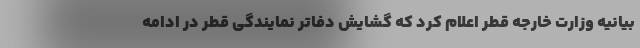
بیانیه وزارت‌ خارجه قطر اعلام کرد که گشایش دفاتر نمایندگی قطر در ادامه